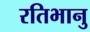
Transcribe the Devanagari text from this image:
रतिभानु